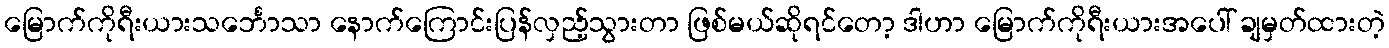
မြောက်ကိုရီးယားသင်္ဘောသာ နောက်ကြောင်းပြန်လှည့်သွားတာ ဖြစ်မယ်ဆိုရင်တော့ ဒါဟာ မြောက်ကိုရီးယားအပေါ် ချမှတ်ထားတဲ့